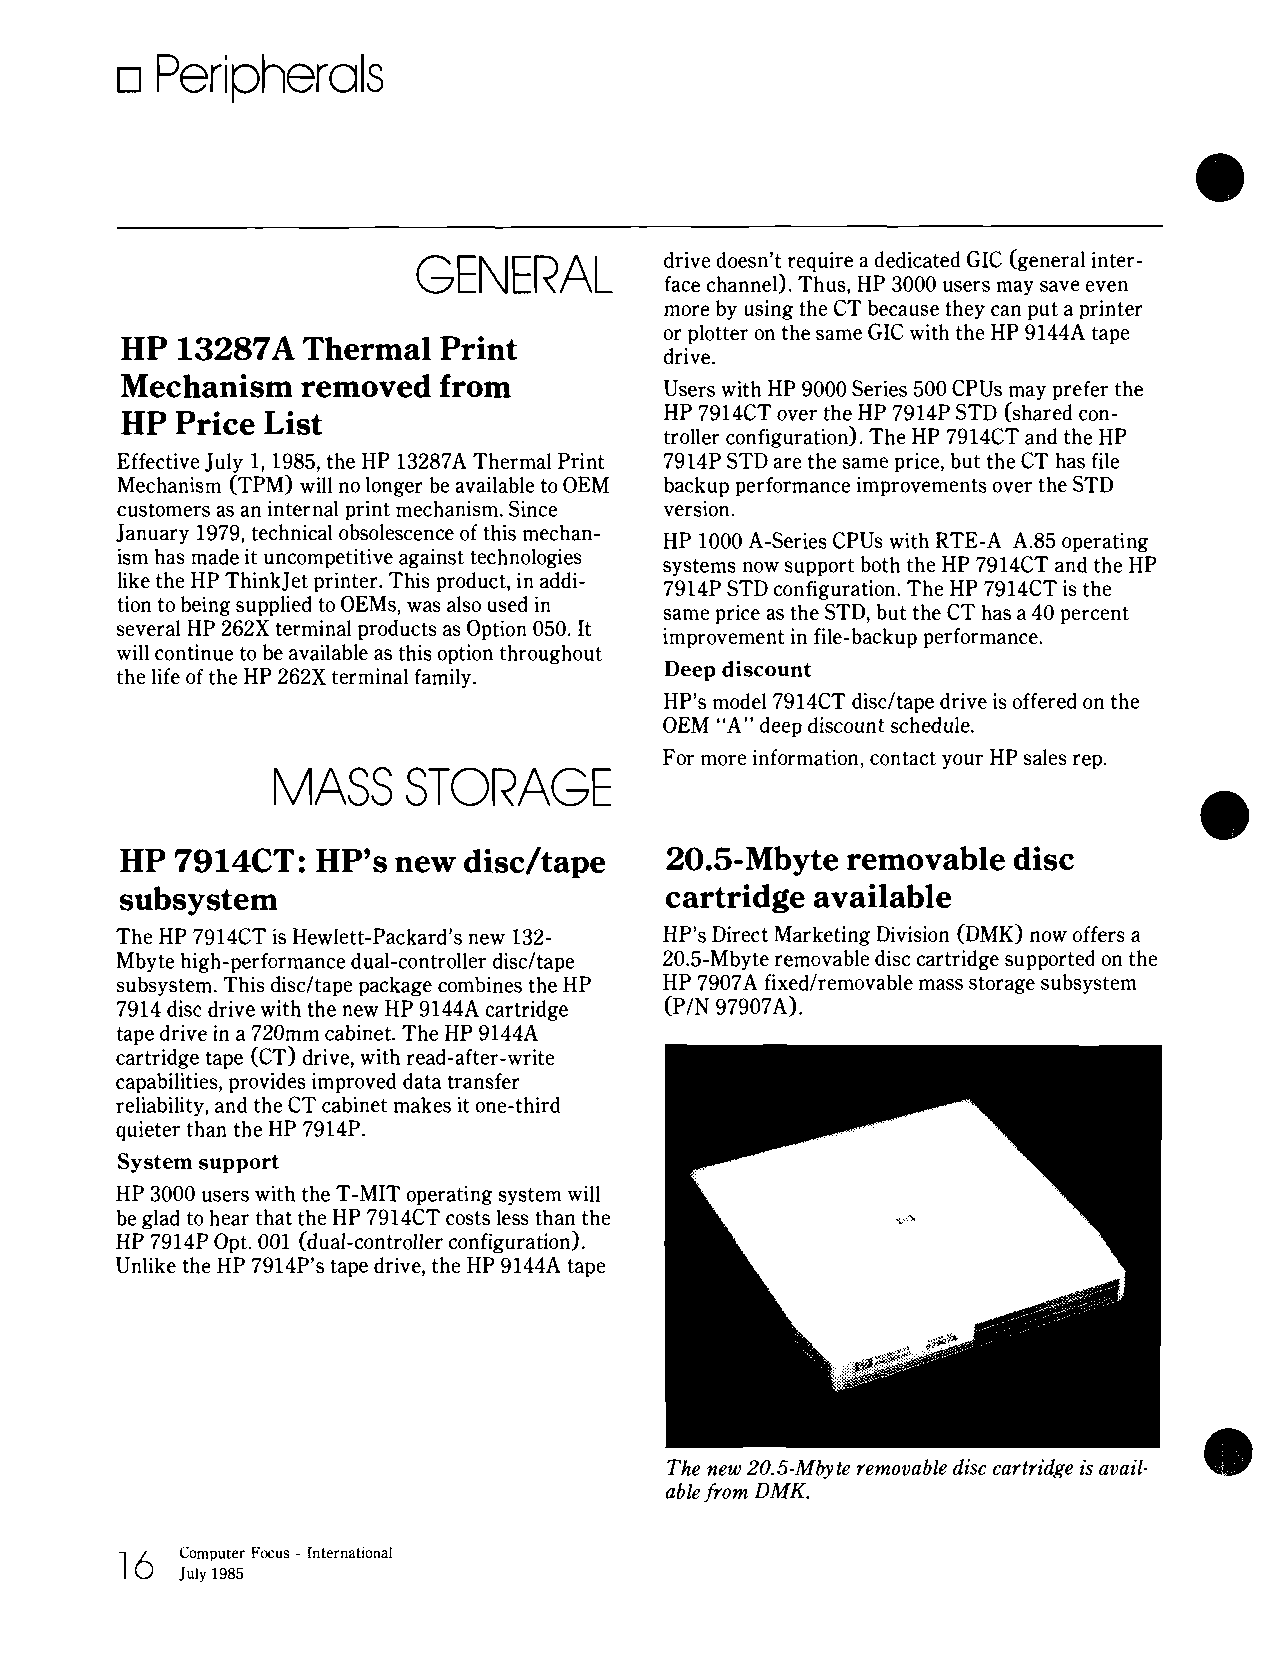
Peripherals
 GENERAL         drive doesn't require a dedicated GIC (general inter-
 face channel). Thus, HP 3000 users may save even
 more by using the CT because they can put a printer
 or plotter on the same GIC with the HP 9144A tape
 HP  13287A  Thermal  Print
 drive.
 Mechanism   removed  from
 Users with HP 9000 Series 500 CPUs may prefer the
 HP  Price List                      HP 7914CT over the HP 7914P STD (shared con-
 troller configuration). The HP 7914CT and the HP
 Effective July 1,1985, the HP 13287A Thermal Print 7914P STD are the same price, but the CT has file
 Mechanism (TPM) will no longer be available to OEM backup performance improvements over the STD
 customers as an internal print mechanism. Since version.
 January 1979, technical obsolescence of this mechan-
 HP 1000 A-Series CPUs with RTE-A A.85 operating
 ism has made it uncompetitive against technologies
 systems now support both the HP 7914CT and the HP
 like the HP ThinkJet printer. This product, in addi-
 7914P STD configuration. The HP 7914CT is the
 tion to being supplied to OEMs, was also used in
 same price as the STD, but the CT has a 40 percent
 several HP 262X terminal products as Option 050. It
 improvement in file-backup performance.
 will continue to be available as this option throughout
 Deep discount
 the life of the HP 262X terminal family.
 HP's model 7914CT discltape drive is offered on the
 OEM "A" deep discount schedule.
 For more information, contact your HP sales rep.
 MASS     STORAGE
 HP  7914CT:  HP's new  disc/tape    20.5-Mbyte  removable  disc
 subsystem                           cartridge available
 The HP 7914CT is Hewlett-Packard's new 132- HP's Direct Marketing Division (DMK) now offers a
 Mbyte high-performance dual-controller discltape 20.5-Mbyte removable disc cartridge supported on the
 subsystem. This discltape package combines the HP HP 7907A fixedlremovable mass storage subsystem
 7914 disc drive with the new HP 9144A cartridge (PIN 97907A).
 tape drive in a 720mm cabinet. The HP 9144A
 cartridge tape (CT) drive, with read-after-write
 capabilities, provides improved data transfer
 reliability, and the CT cabinet makes it one-third
 quieter than the HP 7914P.
 System support
 HP 3000 users with the T-MIT operating system will
 be glad to hear that the HP 7914CT costs less than the
 HP 7914P Opt. 001 (dual-controller configuration).
 Unlike the HP 7914P's tape drive, the HP 9144A tape
 The new 20.5-Mbyt e removable disc cartridge is avail-
 -
 able from DMK.
 16  Computer Focus - International
 JU,,N~~